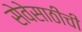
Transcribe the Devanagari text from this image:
सेवेसाठीची